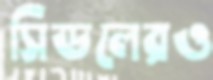
সিডলেরও